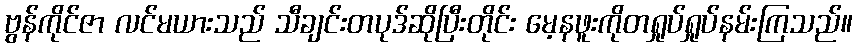
ဗွန်ကိုင်ဇာ လင်မယားသည် သီချင်းတပုဒ်ဆိုပြီးတိုင်း မေ့နဖူးကိုတရှုပ်ရှုပ်နမ်းကြသည်။